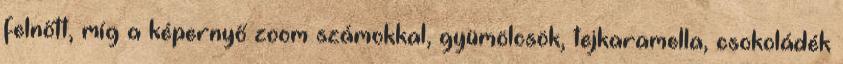
felnőtt, míg a képernyő zoom számokkal, gyümölcsök, tejkaramella, csokoládék